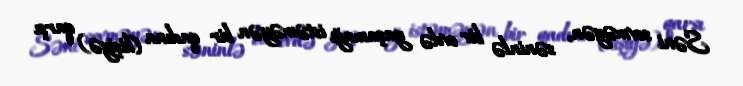
Səni sevməyən, səninlə bir evdə yaşamağı istəməyən bir qadına (kişiyə) qarşı